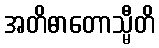
အတိဓာတောသ္မီတိ